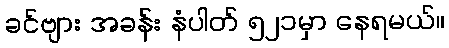
ခင်ဗျား အခန်း နံပါတ် ၅၂၁မှာ နေရမယ်။